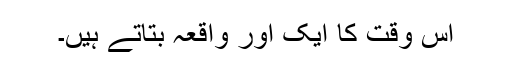
اس وقت کا ایک اور واقعہ بتاتے ہیں۔